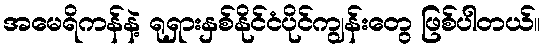
အမေရိကန်နဲ့ ရုရှားနှစ်နိုင်ငံပိုင်ကျွန်းတွေ ဖြစ်ပါတယ်။